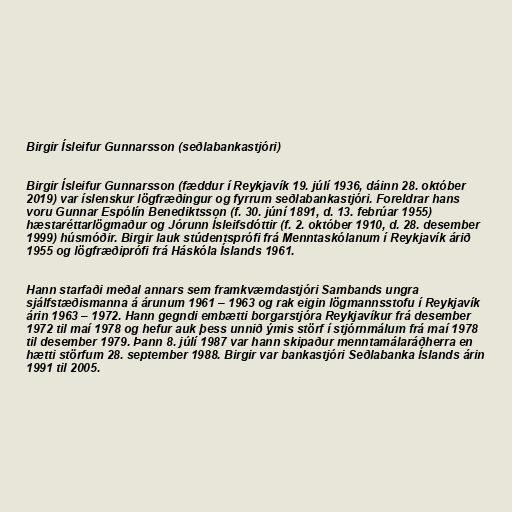
Birgir Ísleifur Gunnarsson (seðlabankastjóri)

Birgir Ísleifur Gunnarsson (fæddur í Reykjavík 19. júlí 1936, dáinn 28. október
2019) var íslenskur lögfræðingur og fyrrum seðlabankastjóri. Foreldrar hans
voru Gunnar Espólín Benediktsson (f. 30. júní 1891, d. 13. febrúar 1955)
hæstaréttarlögmaður og Jórunn Ísleifsdóttir (f. 2. október 1910, d. 28. desember
1999) húsmóðir. Birgir lauk stúdentsprófi frá Menntaskólanum í Reykjavík árið
1955 og lögfræðiprófi frá Háskóla Íslands 1961.

Hann starfaði meðal annars sem framkvæmdastjóri Sambands ungra
sjálfstæðismanna á árunum 1961 – 1963 og rak eigin lögmannsstofu í Reykjavík
árin 1963 – 1972. Hann gegndi embætti borgarstjóra Reykjavíkur frá desember
1972 til maí 1978 og hefur auk þess unnið ýmis störf í stjórnmálum frá maí 1978
til desember 1979. Þann 8. júlí 1987 var hann skipaður menntamálaráðherra en
hætti störfum 28. september 1988. Birgir var bankastjóri Seðlabanka Íslands árin
1991 til 2005.